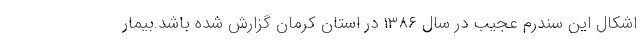
اشکال این سندرم عجیب در سال ۱۳۸۶ در استان کرمان گزارش شده باشد.بیمار